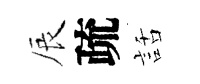
辰疏話